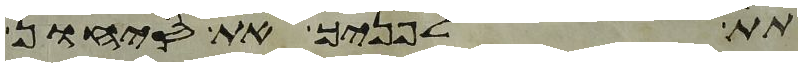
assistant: תת לפניך את סיחון